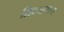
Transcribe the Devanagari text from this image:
मिन्त्रालय